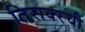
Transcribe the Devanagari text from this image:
तिरावरची